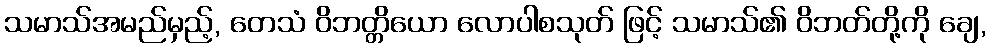
သမာသ်အမည်မှည့်, တေသံ ဝိဘတ္တိယော လောပါစသုတ် ဖြင့် သမာသ်၏ ဝိဘတ်တို့ကို ချေ,